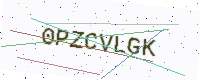
Text: 0PZCVLGK